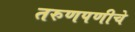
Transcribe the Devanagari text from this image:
तरुणपणीचे